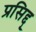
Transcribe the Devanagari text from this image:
प्रसिद्द्